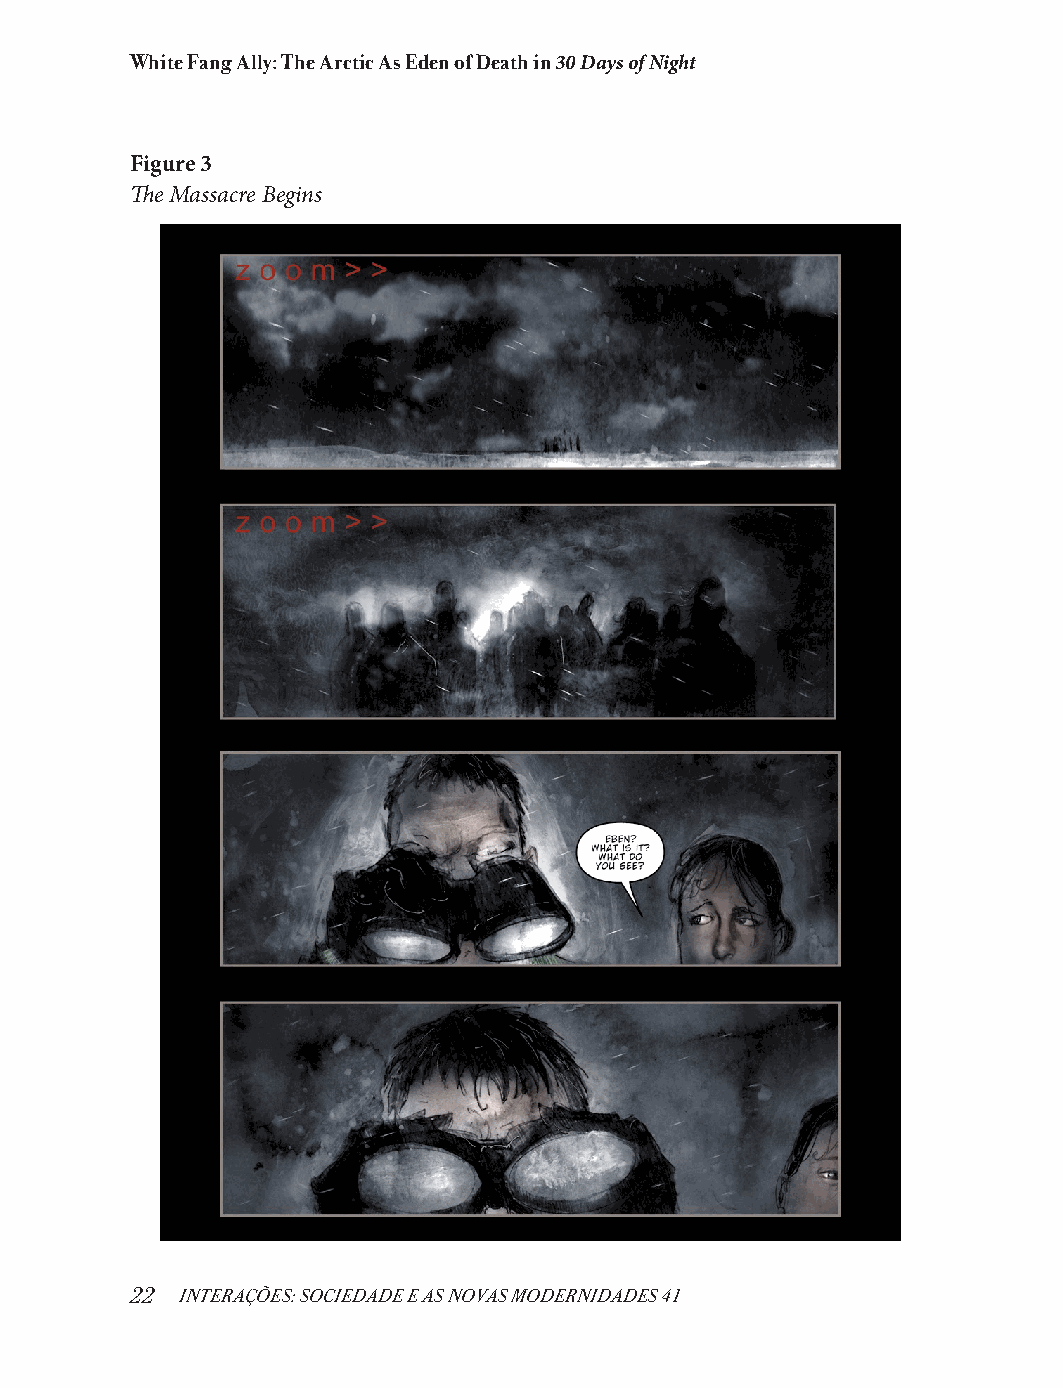
White Fang Ally: The Arctic As Eden of Death in 30 Days of Night
 Figure 3
 The Massacre Begins
 22 INTERAÇÕES: SOCIEDADE E AS NOVAS MODERNIDADES 41